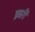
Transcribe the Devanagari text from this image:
इबरी